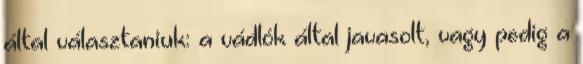
által választaniuk: a vádlók által javasolt, vagy pedig a